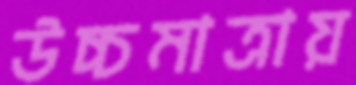
উচ্চমাত্রায়